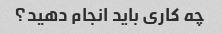
چه کاری باید انجام دهید؟